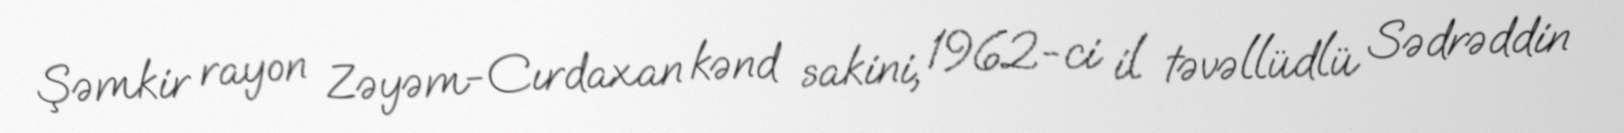
Şəmkir rayon Zəyəm-Cırdaxan kənd sakini, 1962-ci il təvəllüdlü Sədrəddin